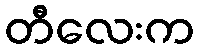
တီလေးက